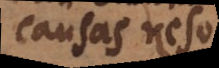
causas resolvi